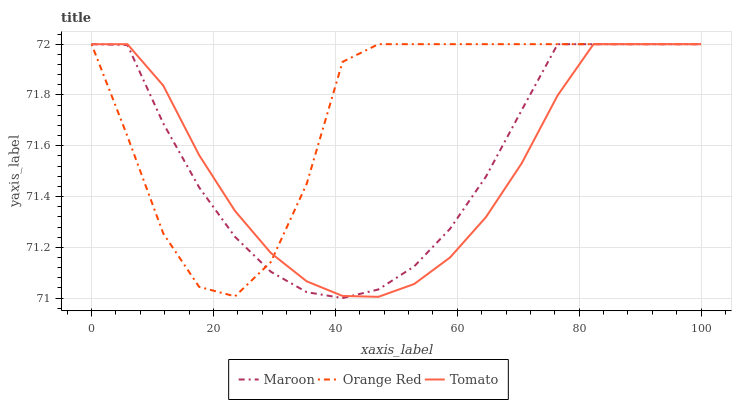
| xaxis_label | Maroon | Orange Red | Tomato |
 | --- | --- | --- | --- |
 | 0 | 72 | 72 | 72 |
 | 5.88 | 72 | 71.6 | 72 |
 | 11.8 | 71.7 | 71.3 | 71.8 |
 | 17.6 | 71.4 | 71 | 71.6 |
 | 23.5 | 71.2 | 71 | 71.3 |
 | 29.4 | 71.1 | 71.1 | 71.2 |
 | 35.3 | 71 | 71.4 | 71.1 |
 | 41.2 | 71 | 71.9 | 71 |
 | 47.1 | 71 | 72 | 71 |
 | 52.9 | 71.1 | 72 | 71.1 |
 | 58.8 | 71.3 | 72 | 71.2 |
 | 64.7 | 71.5 | 72 | 71.3 |
 | 70.6 | 71.7 | 72 | 71.5 |
 | 76.5 | 72 | 72 | 71.8 |
 | 82.4 | 72 | 72 | 72 |
 | 88.2 | 72 | 72 | 72 |
 | 94.1 | 72 | 72 | 72 |
 | 100 | 72 | 72 | 72 |